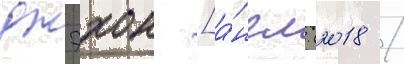
джэхон [а́нгл. (2018 /